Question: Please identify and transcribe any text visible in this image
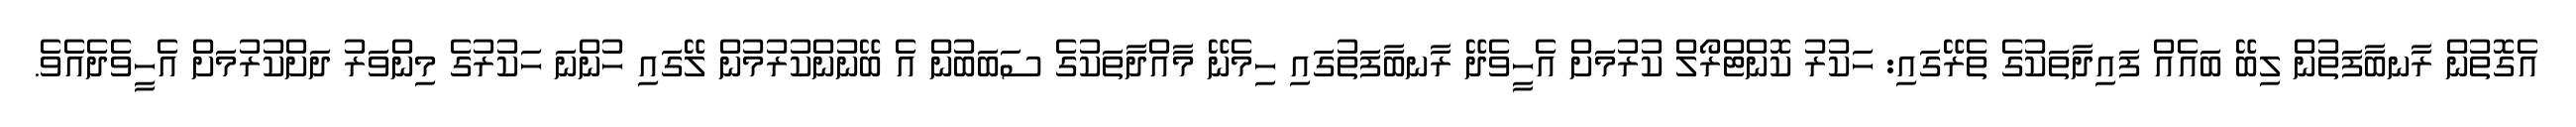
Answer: އެގޮތުން ރާނބާފަތުން ލިބޭ ބައެއް ފައިދާތަކުގެ ތެރޭގައި: ހަކުރު ކޮންޓްރޯލް ކުރުމަށް އެހީވެދޭ ރާނބާފަތުގައި ހިމެނޭ މާއްދާތަކުގެ ސަބަބުން އެ ބޭނުންކުރުމުން ލޭގައި ހުންނަ ހަކުރުގެ މިންވަރު ދަށްކުރުމަށް އެހީވެދެއެވެ.